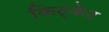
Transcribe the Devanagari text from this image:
किट्केट